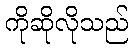
ကိုဆိုလိုသည်